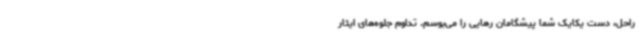
راحل، دست یکایک شما پیشگامان رهایی را می‌بوسم. تداوم جلوه‌های ایثار